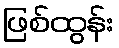
ဖြစ်ထွန်း